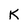
Character: K